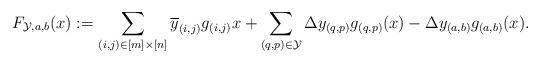
LaTeX: \begin{align*}F_{\mathcal{Y},a,b}(x) &:= \sum_{(i,j) \in [m] \times [n]} \overline{y}_{(i,j)}g_{(i,j)}x + \sum_{(q,p) \in \mathcal{Y}} \Delta y_{(q,p)}g_{(q,p)}(x) - \Delta y_{(a,b)}g_{(a,b)}(x).\end{align*}